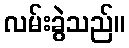
လမ်းခွဲသည်။